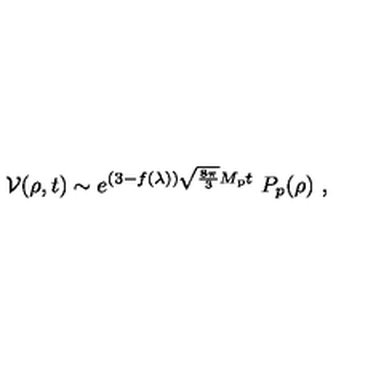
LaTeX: { \cal V } ( \rho , t ) \sim e ^ { ( 3 - f ( \lambda ) ) \sqrt { \frac { 8 \pi } { 3 } } M _ { \mathrm { p } } t } \ P _ { p } ( \rho ) \ ,